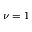
\nu = 1